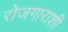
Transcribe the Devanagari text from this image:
रोजगाराशी